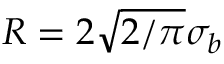
R = 2 \sqrt { 2 / \pi } \sigma _ { b }